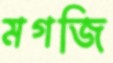
মগজি